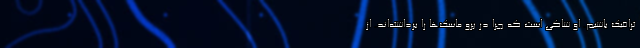
ترافیک باشیم. او شاکی است که چرا در پرو ماسک‌ها را برداشته‌اند. از